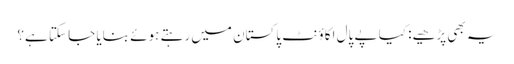
یہ بھی پڑھیے: کیا پے پال اکاؤنٹ پاکستان میں رہتے ہوئے بنایا جا سکتا ہے؟